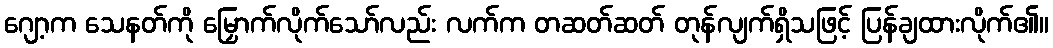
ဂျော့က သေနတ်ကို မြှောက်လိုက်သော်လည်း လက်က တဆတ်ဆတ် တုန်လျက်ရှိသဖြင့် ပြန်ချထားလိုက်၏။